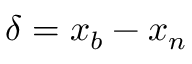
\delta = x _ { b } - x _ { n }